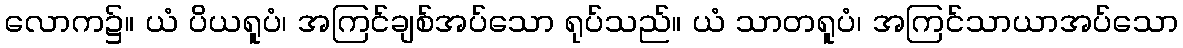
လောက၌။ ယံ ပိယရူပံ၊ အကြင်ချစ်အပ်သော ရုပ်သည်။ ယံ သာတရူပံ၊ အကြင်သာယာအပ်သော